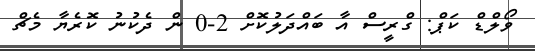
ވޯލްޑް ކަޕް: ގްރީސް އާ ބައްދަލުކޮށް 2-0 ން ދެކުނު ކޮރެޔާ މެޗް